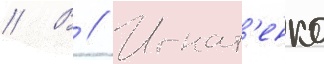
// В // Игнат'енко